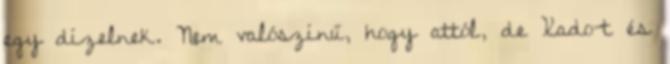
egy dízelnek. Nem valószínű, hogy attól, de Xado-t és